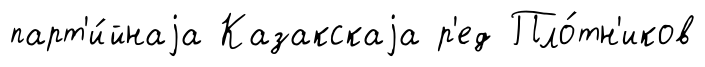
парт'и́йнаjа Казакскаjа р'ед Пло́тн'иков